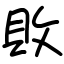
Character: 敗